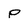
Character: p